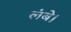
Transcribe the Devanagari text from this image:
लंबे।